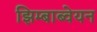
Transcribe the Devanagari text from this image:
झिम्बाब्वेयन